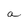
Character: a